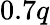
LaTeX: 0.7q